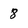
Character: 8